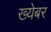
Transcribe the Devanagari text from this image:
ख्येबर